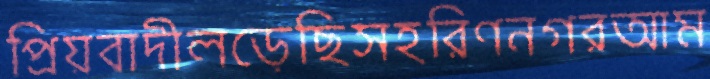
প্রিয়বাদীলড়েছিসহরিণনগরআম